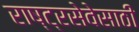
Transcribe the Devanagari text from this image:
राष्ट्रसेवेसाठी